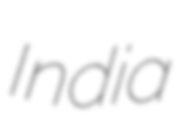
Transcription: India